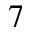
^ { 7 }